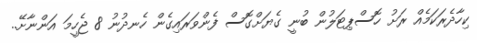
ކިހާދެރަކަމެއް ރަށު ހޮސްޕިޓަލުން ބުނީ ގެޔަށްގޮސް ފެންވަރައިގެން ހެނދުނު 8 ޖެހީމަ އަންނާށޭ..